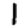
Digit: 1